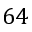
6 4